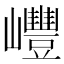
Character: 㠦